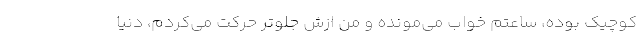
کوچیک بوده، ساعتم خواب می‌مونده و من ازش جلوتر حرکت می‌کردم، دنیا